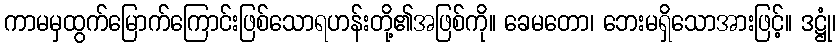
ကာမမှထွက်မြောက်ကြောင်းဖြစ်သောရဟန်းတို့၏အဖြစ်ကို။ ခေမတော၊ ဘေးမရှိသောအားဖြင့်။ ဒဋ္ဌုံ၊